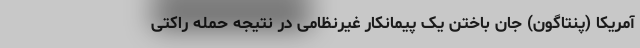
آمریکا (پنتاگون) جان باختن یک پیمانکار غیرنظامی در نتیجه حمله راکتی